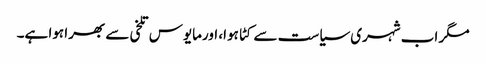
مگر اب شہری سیاست سے کٹا ہوا، اورمایوس تلخی سے بھرا ہوا ہے۔